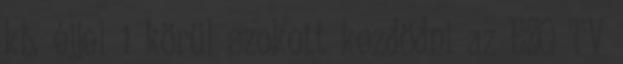
kb. éjjel 1 körül szokott kezdödni az EZO TV